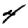
Digit: 4